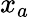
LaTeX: x_{a}